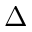
\Delta